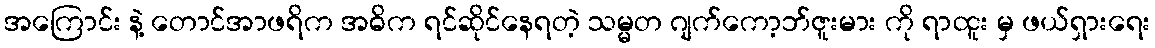
အကြောင်း နဲ့ တောင်အာဖရိက အဓိက ရင်ဆိုင်နေရတဲ့ သမ္မတ ဂျက်ကော့ဘ်ဇူးမား ကို ရာထူး မှ ဖယ်ရှားရေး